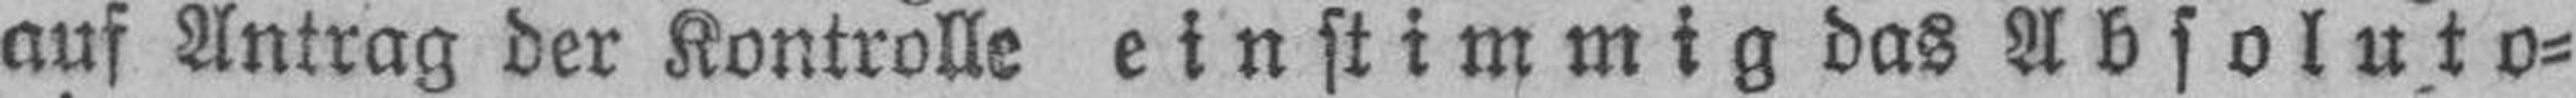
auf Antrag der Kontrolle ein stimmig das Absoluto¬